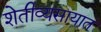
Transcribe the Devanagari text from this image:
शेतीव्यसायात